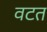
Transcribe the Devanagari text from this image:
वटत